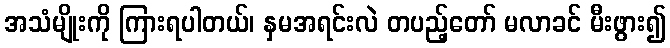
အသံမျိုးကို ကြားရပါတယ်၊ နှမအရင်းလဲ တပည့်တော် မလာခင် မီးဖွား၍